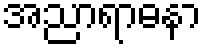
အညာရာဓနာ